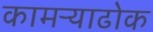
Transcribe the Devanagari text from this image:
कामऱ्याढोक